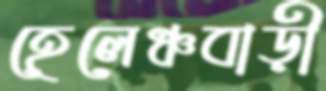
হেলেঞ্চবাড়ী